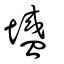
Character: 墭